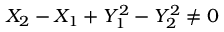
X _ { 2 } - X _ { 1 } + Y _ { 1 } ^ { 2 } - Y _ { 2 } ^ { 2 } \neq 0